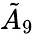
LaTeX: {\tilde{A}}_{9}